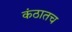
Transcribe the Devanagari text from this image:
कंठातच